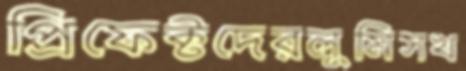
প্রিফেক্টদেরলুমিসখ